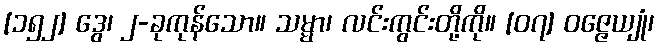
[၁၅၂] ဒွေ၊ ၂-ခုကုန်သော။ သမ္မာ၊ လင်းကွင်းတို့ကို။ [၀၇] ဝဇ္ဇေယျုံ၊